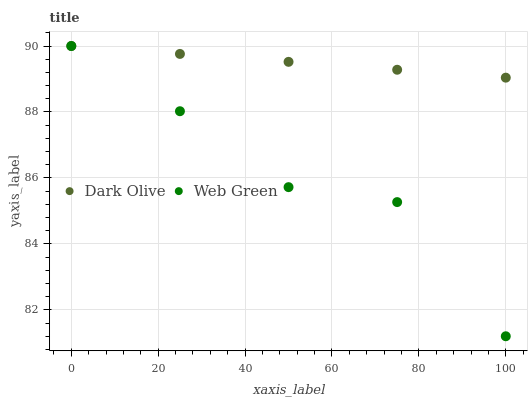
| xaxis_label | Dark Olive | Web Green |
 | --- | --- | --- |
 | 0 | 90 | 90 |
 | 25 | 89.8 | 88 |
 | 50 | 89.5 | 85.7 |
 | 75 | 89.3 | 85.3 |
 | 100 | 89 | 81.2 |